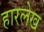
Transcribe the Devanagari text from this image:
हारलेख